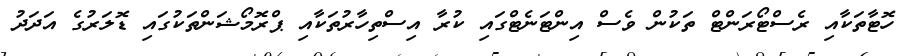
ހޮޓާތަކާއި ރެސްޓޯރަންޓް ތަކުން ވެސް އިންޓަނެޓްގައި ކުރާ އިސްތިހާރުތަކާއި ޕްރޮމޯޝަންތަކުގައި ޑޮލަރުގެ އަދަދު